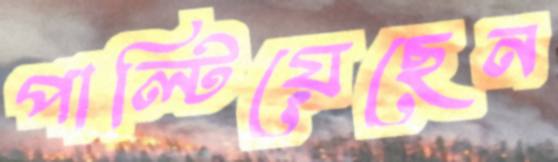
পাল্টিয়েছেন